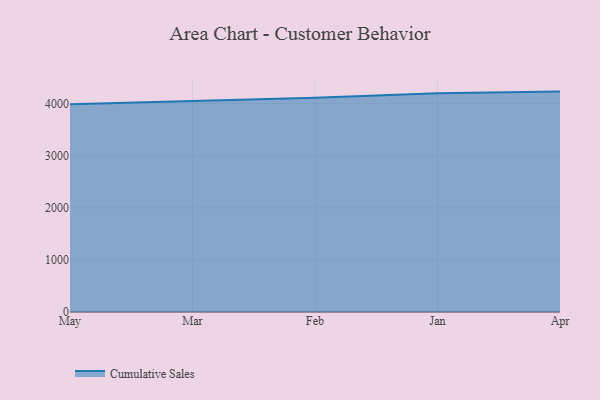
{"axis": {"x": "Month", "y": "Humidity (%)"}, "legend": ["Cumulative Sales"], "data": [{"x": "May", "y": 3987.0, "type": "Cumulative Sales"}, {"x": "Mar", "y": 4055.6, "type": "Cumulative Sales"}, {"x": "Feb", "y": 4112.2, "type": "Cumulative Sales"}, {"x": "Jan", "y": 4199.2, "type": "Cumulative Sales"}, {"x": "Apr", "y": 4232.1, "type": "Cumulative Sales"}]}